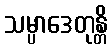
သမ္ပာဒေတုန္တိ